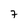
Character: 7